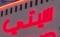
سيتب